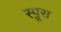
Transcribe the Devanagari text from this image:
स्‍प्रूस